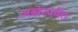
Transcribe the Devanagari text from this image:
अखेरपर्येत